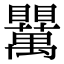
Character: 𥍈